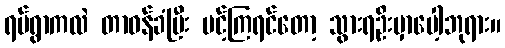
ရပ်ရွာကလဲ တာဝန်ခံပြီး ပင့်ကြရင်တော့ သွားရဦးမှာပေါ့ဘုရား။